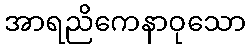
အာရညိကေနာဝုသော